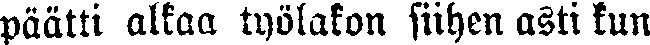
päätti alkaa työlakon siihen asti kun